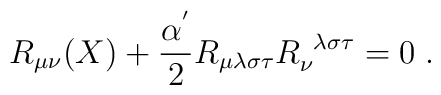
R_{\mu\nu}(X)+\frac{\alpha^{'}}{2}R_{\mu\lambda\sigma\tau}R_{\nu}^{\;\;\lambda\sigma\tau}= 0\;.